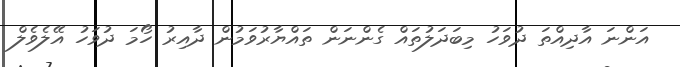
އަންނަ އާދިއްތަ ދުވަހު މިބަދަލުތައް ގެންނަން ތައްޔާރުވަމުން ދާއިރު ހޯމަ ދުވަހު އޭލެވެލް